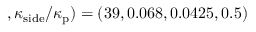
, \kappa _ { \mathrm { s i d e } } / \kappa _ { \mathrm { p } } ) = ( 3 9 , 0 . 0 6 8 , 0 . 0 4 2 5 , 0 . 5 )